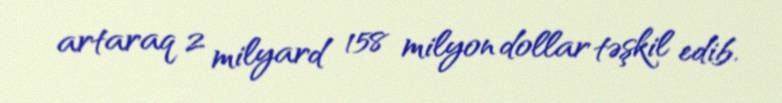
artaraq 2 milyard 158 milyon dollar təşkil edib.